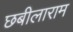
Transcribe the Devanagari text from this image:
छबीलाराम